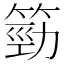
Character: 𥯙